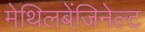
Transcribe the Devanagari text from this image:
मेथिलबेंजिनेल्ट